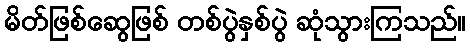
မိတ်ဖြစ်ဆွေဖြစ် တစ်ပွဲနှစ်ပွဲ ဆုံသွားကြသည်။